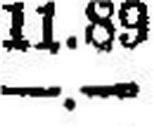
—.—